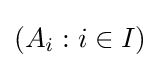
(A_{i}:i\in I)